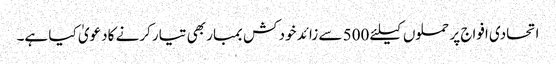
اتحادی افواج پر حملوں کیلئے 500 سے زائد خود کش بمبار بھی تیار کرنے کادعویٰ کیا ہے۔